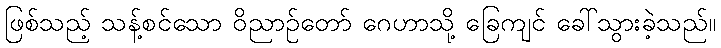
ဖြစ်သည့် သန့်စင်သော ဝိညာဉ်တော် ဂေဟာသို့ ခြေကျင် ခေါ်သွားခဲ့သည်။